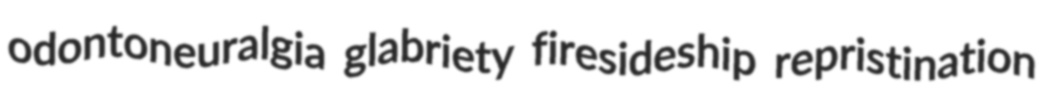
odontoneuralgia glabriety firesideship repristination